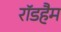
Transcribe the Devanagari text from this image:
रॉडहैम